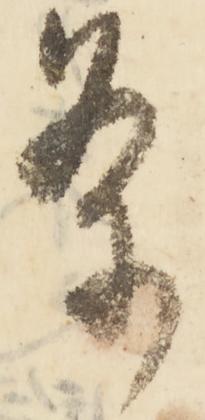
条